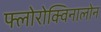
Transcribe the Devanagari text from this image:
फ्लोरोक्विनालोन